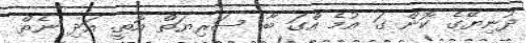
ދުނިޔޭގެ ކޮން ގަ އުމެ އްގަ ބާ ސަރިޔަތް އޮތީ. އަދި ނެތް